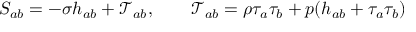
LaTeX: S _ { a b } = - \sigma h _ { a b } + \mathcal { T } _ { a b } , \qquad \mathcal { T } _ { a b } = \rho \tau _ { a } \tau _ { b } + p ( h _ { a b } + \tau _ { a } \tau _ { b } ) \nonumber